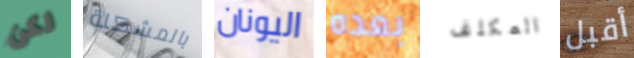
لكن بالمشكلة اليونان بعده المكلف أقبل